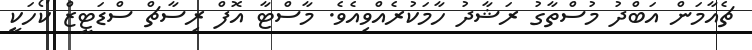
ޗެއާމަން އަބްދު މުސްތާގު ރަޝާދު ހާމަކުރެއްވިއެވެ. މާސްޓާ އޮފް ރިސާޗް ސްޑަޓީޒް ކޯހަކީ